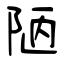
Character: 陋